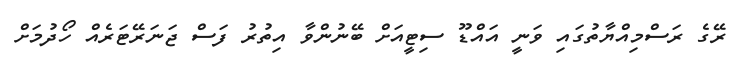
ރޭގެ ރަސްމިއްޔާތުގައި ވަނީ އައްޑޫ ސިޓީއަށް ބޭނުންވާ އިތުރު ފަސް ޖަނަރޭޓަރެއް ހޯދުމަށް